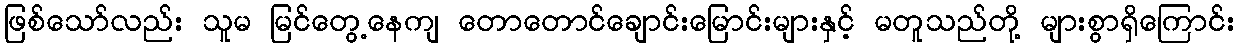
ဖြစ်သော်လည်း သူမ မြင်တွေ့နေကျ တောတောင်ချောင်းမြောင်းများနှင့် မတူသည်တို့ များစွာရှိကြောင်း